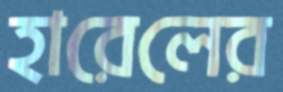
হারেলের